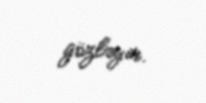
gözləyir.